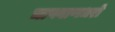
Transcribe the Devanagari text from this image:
चापबाणधरो